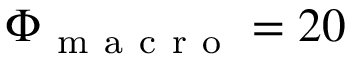
\Phi _ { \mathrm { ~ m ~ a ~ c ~ r ~ o ~ } } = 2 0 \